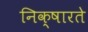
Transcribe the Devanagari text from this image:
निक्षारते